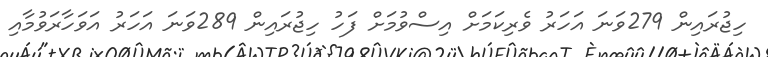
ހިޖުރައިން 279ވަނަ އަހަރު ވެރިކަމަށް އިސްވުމަށް ފަހު ހިޖުރައިން 289ވަނަ އަހަރު އަވަހާރަވުމާއި